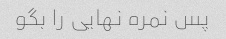
پس نمره نهایی را بگو